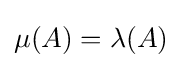
\mu (A)=\lambda (A)